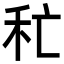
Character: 𥝕